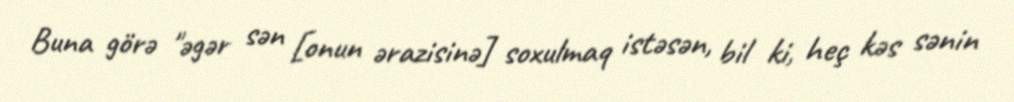
Buna görə "əgər sən [onun ərazisinə] soxulmaq istəsən, bil ki, heç kəs sənin